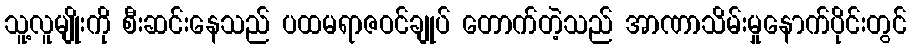
သူ့လူမျိုးကို စီးဆင်းနေသည် ပထမရာဇဝင်ချုပ် တောက်တဲ့သည် အာဏာသိမ်းမှုနောက်ပိုင်းတွင်